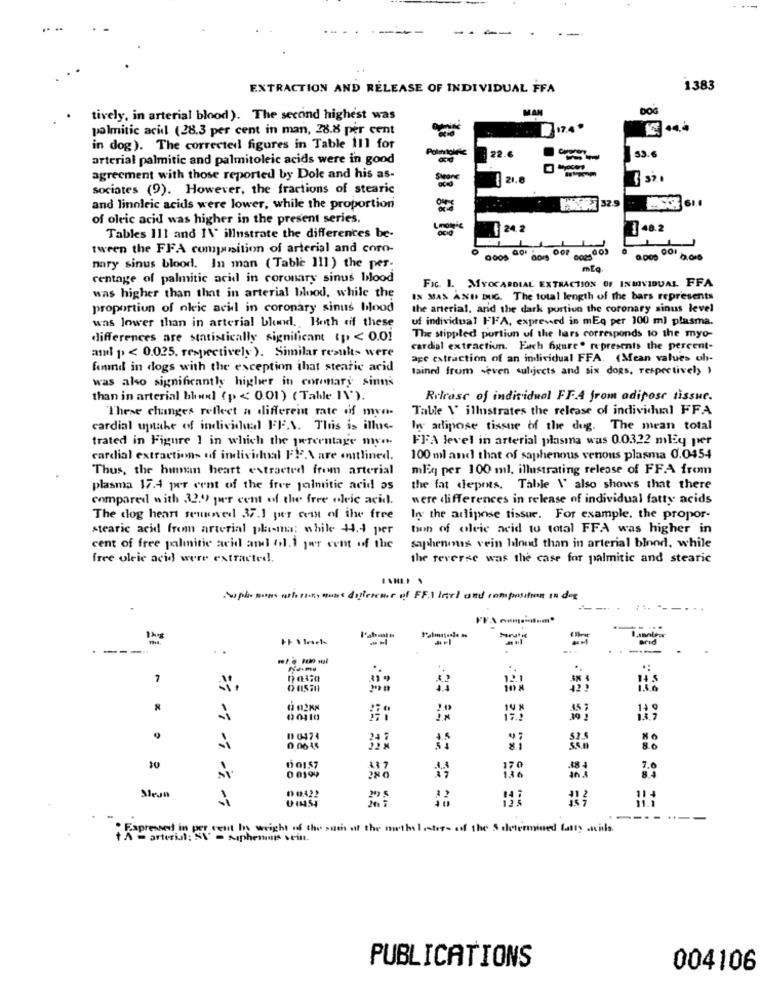
EXTRACTION AND RELEASE OF INDIVIDUAL FFA
1383
MAN
DOG
tively, in arterial blood). The second highest was
palmitic acil (28.3 per cent in man, 28.8 per cent
17.4 .
in dog). The corrected figures in Table Il] for
53.6
arterial palmitic and palmitoleic acids were in good
22.6
--
agreement with those reported by Dole and his as-
SMOne
sociates (9). However, the fractions of stearic
and linoleic acids were lower, while the proportion
WAT 32.9
of oleic acid was higher in the present series.
Logic
24. 2
48.2
Tables 111 and I\' illustrate the differences be-
tween the FFA companition of arterial and coro-
0.000 0 6.016
mary sinus blood. In man ( Table ]]]) the per-
mEg
centage of palmitic acid in coronary sinus blood
FIc. 1. MYOCARDIAL EXTRACTION OF INMVIDUAL FFA
was higher than that in arterial blood, while the
IN MAS AND DUG. The total length of the bars represents
proportion of oleic acid in coronary sinus blood
the arterial, and the dark portion the coronary sinus level
was lower than in arterial blund. Both of these
uf individual FFA, expressed in mEq per 300 ml plasma.
differences are statistically significant (p < 0.01
The stippled portion of the hars corresponds to the myo-
and p < 0.025. respectively). Similar results were
cardial extraction. Euch figure" represents the percent-
ape extraction of an individual FFA. (Mean values oh-
found in dogs with the exception ihat stearic acid
tained from -even subjects and six dogs, respectively )
was also significantly higher in coronary sinns
than in arterial bluxl (p < 0.01) ( Table I\').
Release of individual FF.A from adipose tissue.
These changes reflect a different rate of myo-
Table \' illustrates the release of individual FFA
cardial uptake of individual FF.V. This is illus-
In adipose tissue of the dug. The mean total
trated in Figure 1 in which the percentage myo-
FFA level in arterial plasma was 0.0322 mley per
cardial extractions of individual FF.\ are amitlined.
100 ml and that of saphenous venons plasma 0.0454
Thus, the human heart extracted from arterial
mEq per 100 ml. illustrating release of FFA from
plasma 17.4 per cent of the free palmitic acid as
the fat depots, Table \' also shows that there
compared with 32.9 per cent of the free oleic acid.
were differences in release of individual fatty acids
The dog heart semoved 37.1 per cem of the free
In the adipose tissue. For example. the propor-
stearic acid from arterial plima; while 44.4 per
tion of oleic acid to total FFA was higher in
cent of free palmitic acid and ali per cent of the
saphenous vein blood than in arterial blood, while
free oleic acid were extracted.
the reverse was the case for palmitic and stearic
Suphe som wines mas dificreme of FFI larl and composition in dog
1hg
Maratis
----
...
+
7
12.1
00110
0 06 45
10
---
Fapressed in per cent In weight of the such of the methyl ester- off the S determined fatty acidle
- Mıphenmuss seint.
PUBLICATIONS
004106